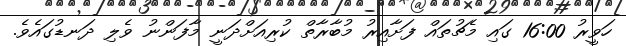
ހަވީރު 16:00 ގައި މެޗުތައް ފަށާއިރު މުބާރާތް ކުރިއަށްދަނީ މާފަންނު ވެލި ދަނޑުގައެވެ.